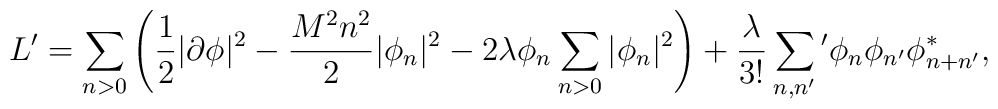
L'=\sum_{n>0}\left(\frac12|\partial\phi|^2-\frac{M^2n^2}{2}|\phi_n  |^2-2\lambda \phi_n \sum_{n>0} |\phi_n|^2 \right) +  \frac{\lambda}{3!}  \sum_{n,n'}{}' \phi_n \phi_{n'} \phi_{n+n'}^*,